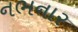
નભનાર